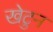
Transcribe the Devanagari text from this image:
खेटुन